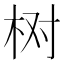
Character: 树